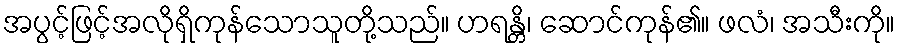
အပွင့်ဖြင့်အလိုရှိကုန်သောသူတို့သည်။ ဟရန္တိ၊ ဆောင်ကုန်၏။ ဖလံ၊ အသီးကို။